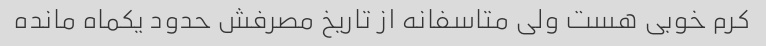
کرم خوبی هست ولی متاسفانه از تاریخ مصرفش حدود یکماه مانده